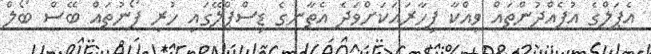
އެޕަލްގެ އުފެއްދުންތައް ވިއްކާ ފިހާރައަކަށްވަދެ އެތާނގެ ޑިސްޕްލޭގައި ހުރި ފޯނުތައް ބޭސް ބޯލް